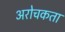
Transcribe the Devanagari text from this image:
अरोचकता